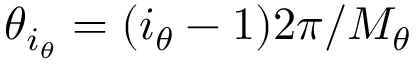
\theta _ { i _ { \theta } } = ( i _ { \theta } - 1 ) 2 \pi / M _ { \theta }